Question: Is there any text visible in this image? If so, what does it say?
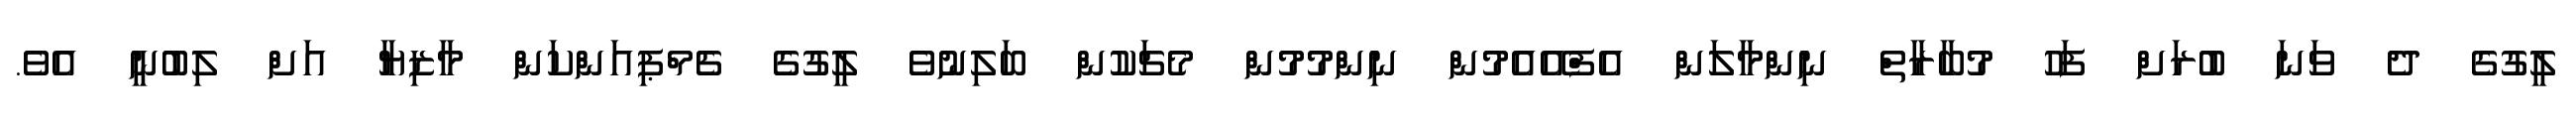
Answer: ލީގުގެ ދެ ވަނަ ބުރަށް ފަހު މުބާރާތް ނިންމާލަން އެފްއޭއެމުން ނިންމުމުން މެޗަކުން ބަލިނުވެ ލީގުގެ ޗެމްޕިއަންކަން މާޒިޔާ އަށް ލިބުނީ އެވެ.